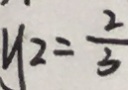
y _ { 2 } = \frac { 2 } { 3 }